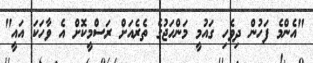
"އެންމެ ފަހުން ދިވެހި ގައުމީ މަންހަޖުގެ ތެރެއަށް ރަސްމީކޮށް އެ ވާހަކަ އައީ"